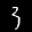
Label: 3